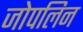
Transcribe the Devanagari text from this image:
जोपलिन